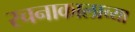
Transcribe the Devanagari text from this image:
रचनाकालाच्या